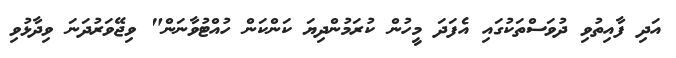
އަދި ފާއިތުވި ދުވަސްތަކުގައި އެފަދަ މީހުން ކުރަމުންދިޔަ ކަންކަން ހުއްޓުވާނަން" ވިޖޭވަރުދަނަ ވިދާޅުވި